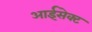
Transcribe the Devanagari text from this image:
आईसेक्ट